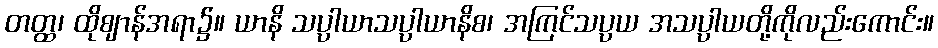
တတ္ထ၊ ထိုဈာန်အရာ၌။ ယာနိ သပ္ပာယာသပ္ပာယာနိစ၊ အကြင်သပ္ပယ အသပ္ပာယတို့ကိုလည်းကောင်း။